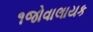
૧જોવાલાયક